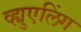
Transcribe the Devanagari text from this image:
व्ह्युएलिंग